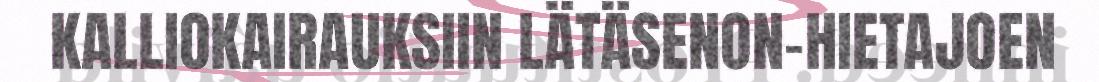
KALLIOKAIRAUKSIIN LÄTÄSENON-HIETAJOEN